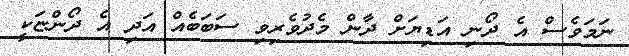
ނަމަވެސް އެ ދޯނި އަޑިޔަށް ދާން މެދުވެރިވި ސަބަބެއް އަދި އެ ދޯންޏަކީ